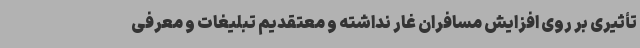
تأثیری بر روی افزایش مسافران غار نداشته و معتقدیم تبلیغات و معرفی